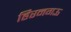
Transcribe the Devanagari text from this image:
हिरनगऊ